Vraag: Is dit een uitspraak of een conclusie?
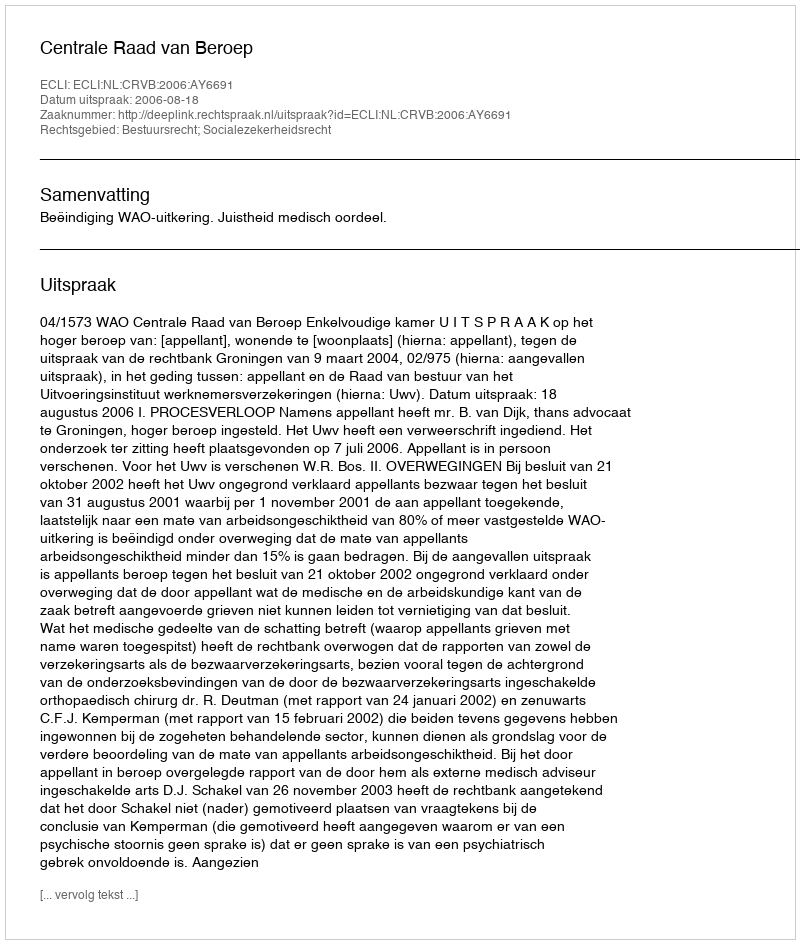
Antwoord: Uitspraak